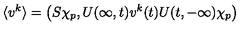
\langle v ^ { k } \rangle = \left( S \chi _ { p } , U ( \infty , t ) v ^ { k } ( t ) U ( t , - \infty ) \chi _ { p } \right)